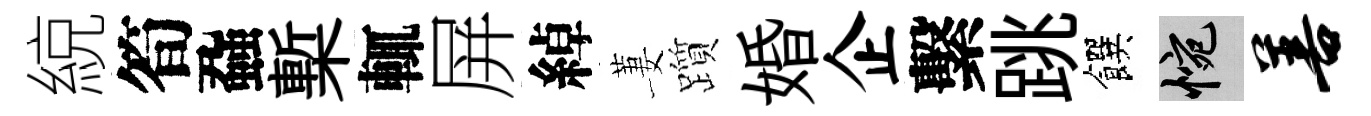
綂筍蝨槧輒屏綽萋躓婚企繫跳饌惋善